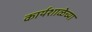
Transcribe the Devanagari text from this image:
कार्यशाळेच्या